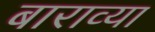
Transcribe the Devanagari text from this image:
बाराव्‍या